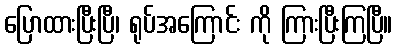
ပြောထားပြီးပြီ၊ ရုပ်အကြောင်း ကို ကြားပြီးကြပြီ။